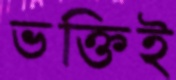
ভক্তিই